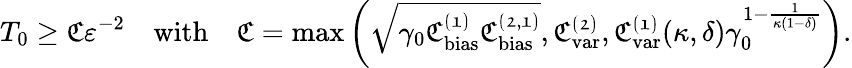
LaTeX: T_{0}\ge\mathfrak{C}\varepsilon^{-2}\quad\textnormal{with}\quad\mathfrak{C}=\operatorname*{max}\left(\sqrt{\gamma_{0}\mathfrak{C_{\mathrm{bias}}^{(1)}}\mathfrak{C_{\mathrm{bias}}^{(2,1)}}},\mathfrak{C_{\mathrm{var}}^{(2)}},\mathfrak{C_{\mathrm{var}}^{(1)}}(\kappa,\delta)\gamma_{0}^{1-\frac{1}{\kappa(1-\delta)}}\right).